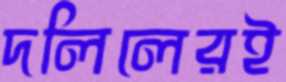
দলিলেরই